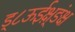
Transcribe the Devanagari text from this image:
ड्८ऊईक्ष़्ङंक्ष